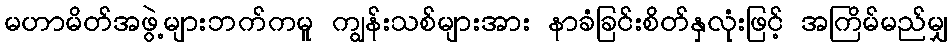
မဟာမိတ်အဖွဲ့များဘက်ကမူ ကျွန်းသစ်များအား နာခံခြင်းစိတ်နှလုံးဖြင့် အကြိမ်မည်မျှ